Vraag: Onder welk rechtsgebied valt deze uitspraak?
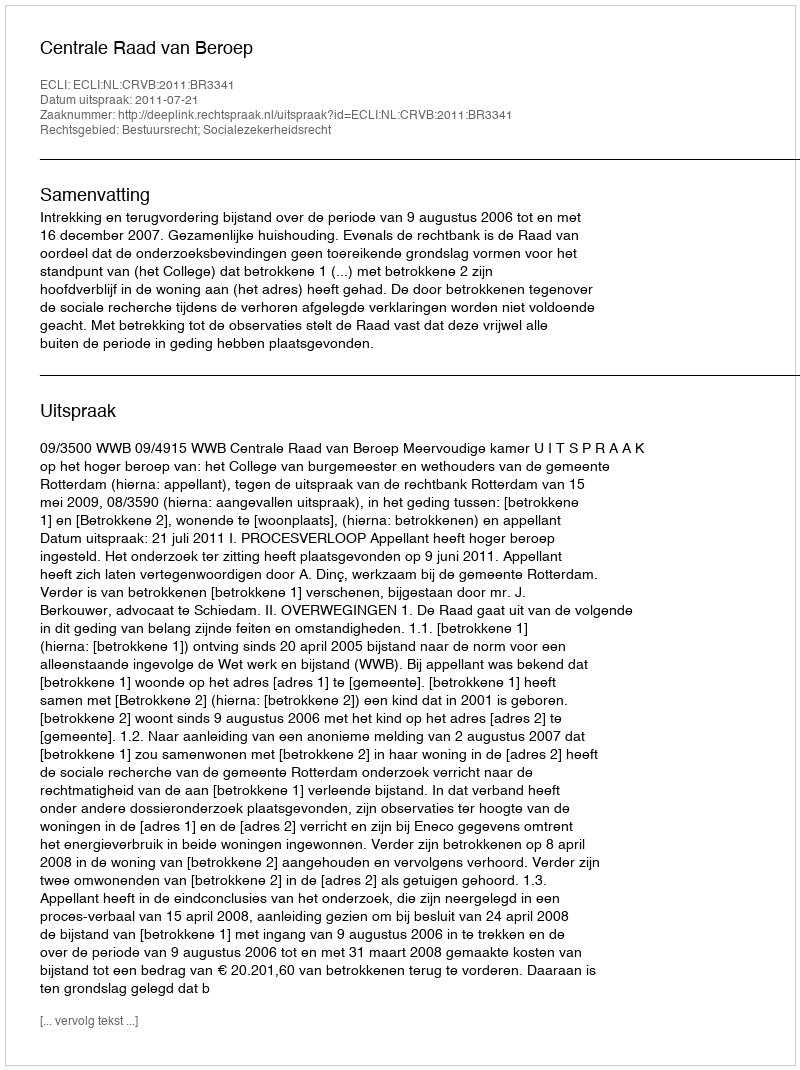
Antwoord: Bestuursrecht; Socialezekerheidsrecht